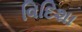
વિદિશા